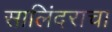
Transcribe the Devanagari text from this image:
सालिंदराचा